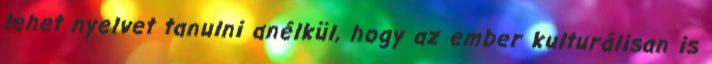
lehet nyelvet tanulni anélkül, hogy az ember kulturálisan is